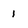
Character: 1